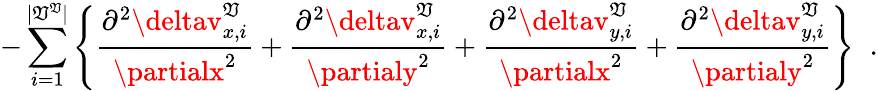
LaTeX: -\sum_{i=1}^{|\mathfrak{V}^{\mathfrak{V}}|}\left\{ \frac{{\partial^{2}\deltav_{x,i}^{\mathfrak{V}}}}{{\partialx^{2}}}+\frac{{\partial^{2}\deltav_{x,i}^{\mathfrak{V}}}}{{\partialy^{2}}}+\frac{{\partial^{2}\deltav_{y,i}^{\mathfrak{V}}}}{{\partialx^{2}}}+\frac{{\partial^{2}\deltav_{y,i}^{\mathfrak{V}}}}{{\partialy^{2}}}\right\} \; \; .